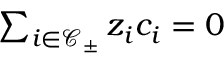
\begin{array} { r } { \sum _ { i \in \mathcal { C } _ { \pm } } { z _ { i } c _ { i } } = 0 } \end{array}